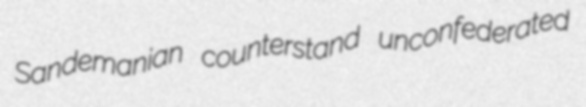
Sandemanian counterstand unconfederated